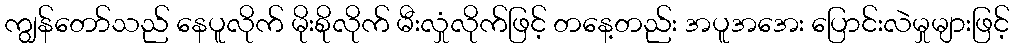
ကျွန်တော်သည် နေပူလိုက် မိုးစိုလိုက် မီးလှုံလိုက်ဖြင့် တနေ့တည်း အပူအအေး ပြောင်းလဲမှုများဖြင့်